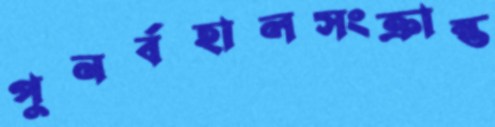
পুনর্বহালসংক্রান্ত